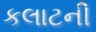
કલાટની